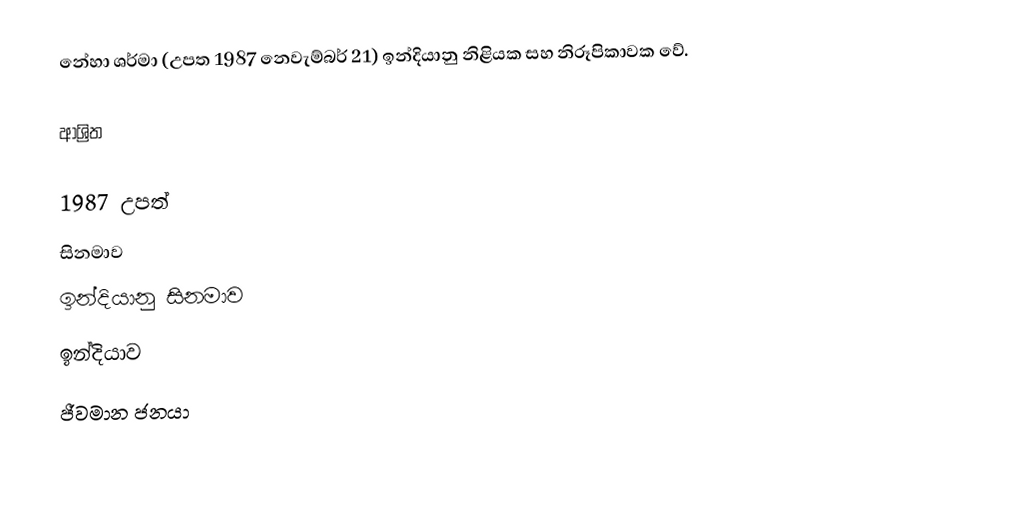
නේහා ශර්මා (උපත 1987 නෙවැම්බර් 21) ඉන්දියානු නිළියක සහ නිරූපිකාවක වේ.

ආශ්‍රිත

1987 උපත්
සිනමාව
ඉන්දියානු සිනමාව
ඉන්දියාව
ජීවමාන ජනයා